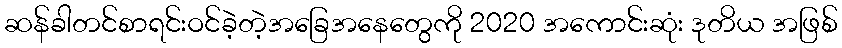
ဆန်ခါတင်စာရင်းဝင်ခဲ့တဲ့အခြေအနေတွေကို 2020 အကောင်းဆုံး ဒုတိယ အဖြစ်